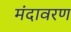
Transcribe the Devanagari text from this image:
मंदावरण